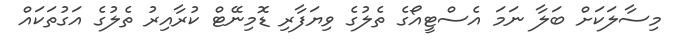
މިސާލަކަށް ބަލާ ނަމަ އެސްޓީއޯގެ ތެލުގެ ވިޔަފާރި ޑޮމިނޭޓް ކުރާއިރު ތެލުގެ އަގުތަކައް